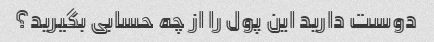
دوست دارید این پول را از چه حسابی بگیرید؟